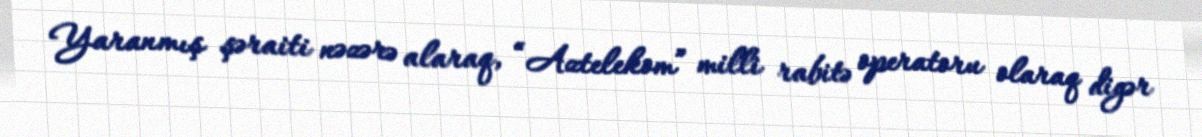
Yaranmış şəraiti nəzərə alaraq, “Aztelekom” milli rabitə operatoru olaraq digər